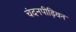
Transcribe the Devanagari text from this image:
चंदनपीड़िवन